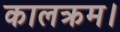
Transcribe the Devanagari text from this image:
कालक्रम।